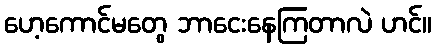
ဟေ့ကောင်မတွေ ဘာငေးနေကြတာလဲ ဟင်။